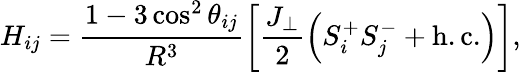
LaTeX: H_{ij}=\frac{1-3\cos^{2}\theta_{ij}}{R^{3}}\left[\frac{J_{\perp}}{2}\left(S_{i}^{+}S_{j}^{-}+\mathrm{{h.c.}}\right)\right],